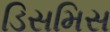
ડિસમિસ